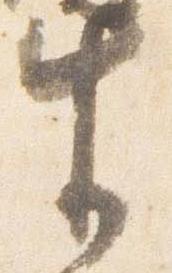
生